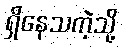
ရှိနေသကဲ့သို့